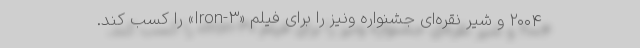
۲۰۰۴ و شیر نقره‌ای جشنواره ونیز را برای فیلم «۳-Iron» را کسب کند.